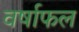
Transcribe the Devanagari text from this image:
वर्षाफल